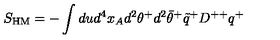
S _ { \mathrm { \scriptsize H M } } = - \int d u d ^ { 4 } x _ { A } d ^ { 2 } \theta ^ { + } d ^ { 2 } \bar { \theta } ^ { + } \tilde { q } ^ { + } D ^ { + + } q ^ { + }